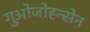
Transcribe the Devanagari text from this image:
गुओजोह्न्सेन